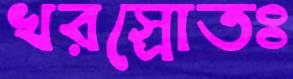
খরস্রোতঃ